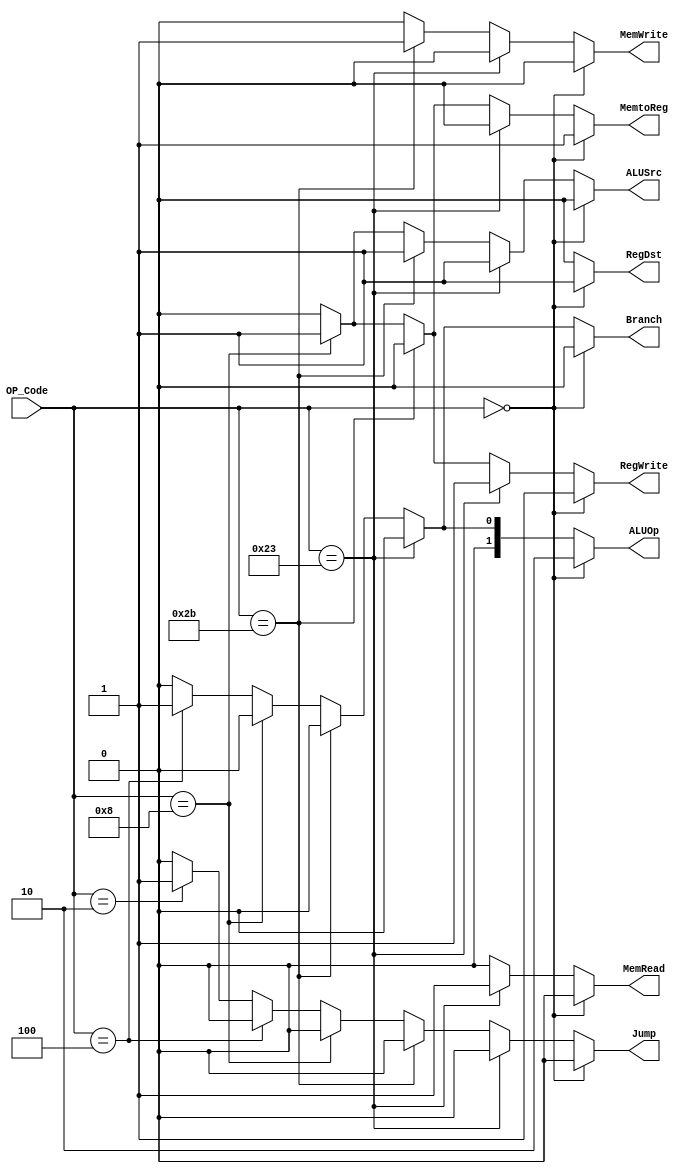
`timescale 1ns / 1ps

module Control ( RegDst, Jump, Branch, MemRead, MemtoReg, ALUOp, MemWrite, ALUSrc, RegWrite, OP_Code ) ;

	output reg RegDst, Jump, Branch, MemRead, MemtoReg, MemWrite, ALUSrc, RegWrite ; 
	output reg [1:0]ALUOp ;
	input [5:0]OP_Code ;

	always @(OP_Code) begin
		if(OP_Code==6'b000000) begin  // R-Format
			RegDst = 1'b1 ;
			Jump = 1'b0 ;
			Branch = 1'b0 ;
			MemRead = 1'b0 ;
			MemtoReg = 1'b1 ;
			ALUOp = 2'b10 ;
			MemWrite = 1'b0 ;
			ALUSrc = 1'b0 ;
			RegWrite = 1'b1 ;
		end
		else if(OP_Code==6'b100011) begin  // lw
			RegDst = 1'b0 ;
			Jump = 1'b0 ;
			Branch = 1'b0 ;
			MemRead = 1'b1 ;
			MemtoReg = 1'b0 ;
			ALUOp = 2'b00 ;
			MemWrite = 1'b0 ;
			ALUSrc = 1'b1 ;
			RegWrite = 1'b1 ;
		end
		else if(OP_Code==6'b101011) begin  // sw
			RegDst = 1'b0 ;		//do not care
			Jump = 1'b0 ;
			Branch = 1'b0 ;
			MemRead = 1'b0 ;
			MemtoReg = 1'b0 ;	//do not care
			ALUOp = 2'b00 ;
			MemWrite = 1'b1 ;
			ALUSrc = 1'b1 ;
			RegWrite = 1'b0 ;
		end
		else if(OP_Code==6'b001000) begin  // addi
			RegDst = 1'b0 ;
			Jump = 1'b0 ;
			Branch = 1'b0 ;
			MemRead = 1'b0 ;
			MemtoReg = 1'b1 ;
			ALUOp = 2'b00 ;
			MemWrite = 1'b0 ;
			ALUSrc = 1'b1 ;
			RegWrite = 1'b1 ;
		end 
		else if(OP_Code==6'b000100) begin  // beq
			RegDst = 1'b0 ;		//do not care
			Jump = 1'b0 ;
			Branch = 1'b1 ;
			MemRead = 1'b0 ;
			MemtoReg = 1'b0 ;	//do not care
			ALUOp = 2'b01 ;
			MemWrite = 1'b0 ;
			ALUSrc = 1'b0 ;
			RegWrite = 1'b0 ;
		end
		else if(OP_Code==6'b000010) begin  // jump
			RegDst = 1'b0 ;		//do not care
			Jump = 1'b1 ;	
			Branch = 1'b0 ;		//do not care
			MemRead = 1'b0 ;	//do not care
			MemtoReg = 1'b0 ;	//do not care
			ALUOp = 2'b00 ;		//do not care
			MemWrite = 1'b0 ;	//do not care
			ALUSrc = 1'b0 ;		//do not care
			RegWrite = 1'b0 ;	//do not care
		end
		else begin  // Error input
			RegDst = 1'b0 ;		//do not care
			Jump = 1'b0 ;		//do not care
			Branch = 1'b0 ;		//do not care
			MemRead = 1'b0 ;	//do not care
			MemtoReg = 1'b0 ;	//do not care
			ALUOp = 2'b00 ;		//do not care
			MemWrite = 1'b0 ;	//do not care
			ALUSrc = 1'b0 ;		//do not care
			RegWrite = 1'b0 ;	//do not care
		end
	end

endmodule